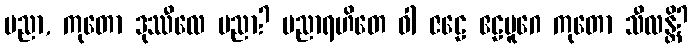
ပညာ, ကုတော ဒုဿီလေ ပညာ? ပညာရဟိတေ ဝါ ဇဠေ ဧဠမူဂေ ကုတော သီလန္တိ?